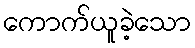
ကောက်ယူခဲ့သော